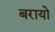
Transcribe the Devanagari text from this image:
बरायो